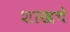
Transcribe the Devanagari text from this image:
शाखचे